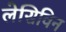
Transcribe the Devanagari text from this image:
लेसिविन